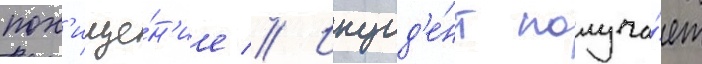
пох'ище́н'ие // Инцид'е́нт получа́ет